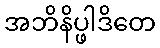
အဘိနိပ္ဖါဒိတေ